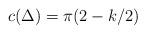
LaTeX: \begin{align*}c(\Delta)=\pi (2- k/2)\end{align*}